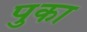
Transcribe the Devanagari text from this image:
पुका